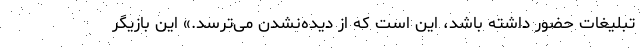
تبلیغات حضور داشته باشد، این است که از دیده‌نشدن می‌ترسد.» این بازیگر